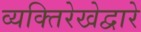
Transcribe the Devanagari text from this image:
व्यक्तिरेखेद्वारे